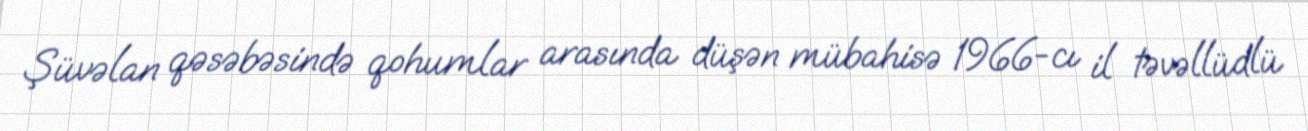
Şüvəlan qəsəbəsində qohumlar arasında düşən mübahisə 1966-cı il təvəllüdlü